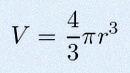
V=\frac43\pi r^3